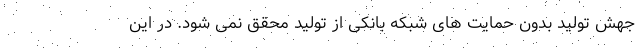
جهش تولید بدون حمایت های شبکه بانکی از تولید محقق نمی شود. در این